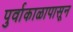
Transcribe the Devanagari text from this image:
पुर्वाकाळापासून